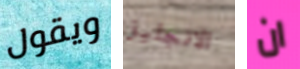
ويقول الانجليز ان